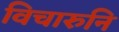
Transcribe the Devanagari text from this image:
विचारुनि